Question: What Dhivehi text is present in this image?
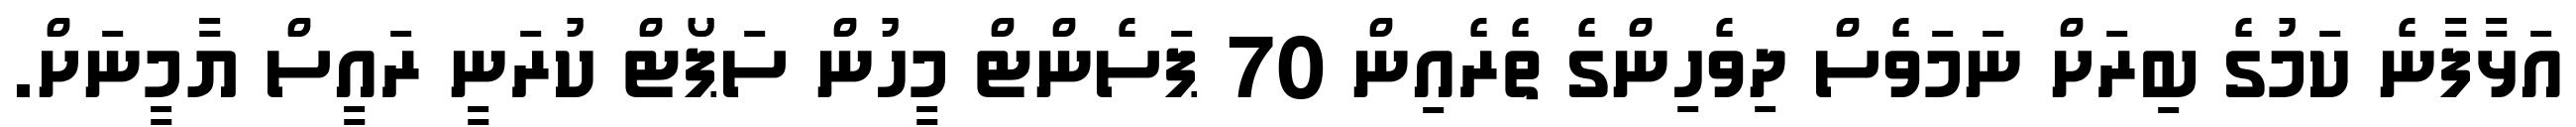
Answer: އަޅާފާނެ ކަމުގެ ބިރަށް ނަމަވެސް ދިވެހިންގެ ތެރެއިން 70 ޕަސެންޓް މީހުން ސަޕޯޓް ކުރަނީ ރައީސް ޔާމީނަށް.